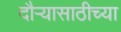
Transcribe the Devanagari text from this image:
दौऱ्यासाठीच्या